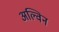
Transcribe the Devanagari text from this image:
अल्विन